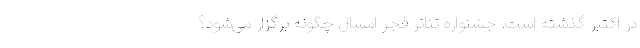
در اکتبر گذشته است. جشنواره تئاتر فجر امسال چگونه برگزار می‌شود؟